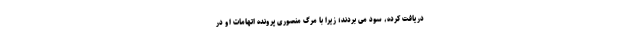
دریافت کرده، سود می بردند؛ زیرا با مرگ منصوری پرونده اتهامات او در